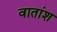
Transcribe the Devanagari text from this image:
वातांश